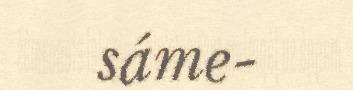
sáme-